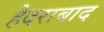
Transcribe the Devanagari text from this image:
हैदराबाद